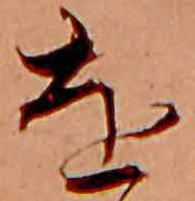
を